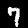
Label: 7